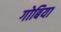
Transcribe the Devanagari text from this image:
गोबिया